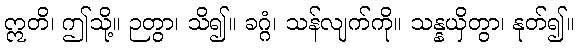
ဣတိ၊ ဤသို့။ ဉတွာ၊ သိ၍။ ခဂ္ဂံ၊ သန်လျက်ကို။ သန္နယှိတွာ၊ နုတ်၍။